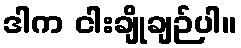
ဒါက ငါးချိုချဉ်ပါ။